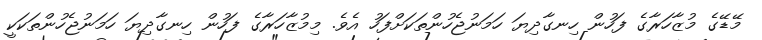
މޭޑޭގެ މުޒާހަރާގެ ފަހުން ހިނގާދިޔަ ހަމަނުޖެހުންތަކަށްފަހު އެވެ. މިމުޒާހަރާގެ ފަހުން ހިނގާދިޔަ ހަމަނުޖެހުންތަކަކީ